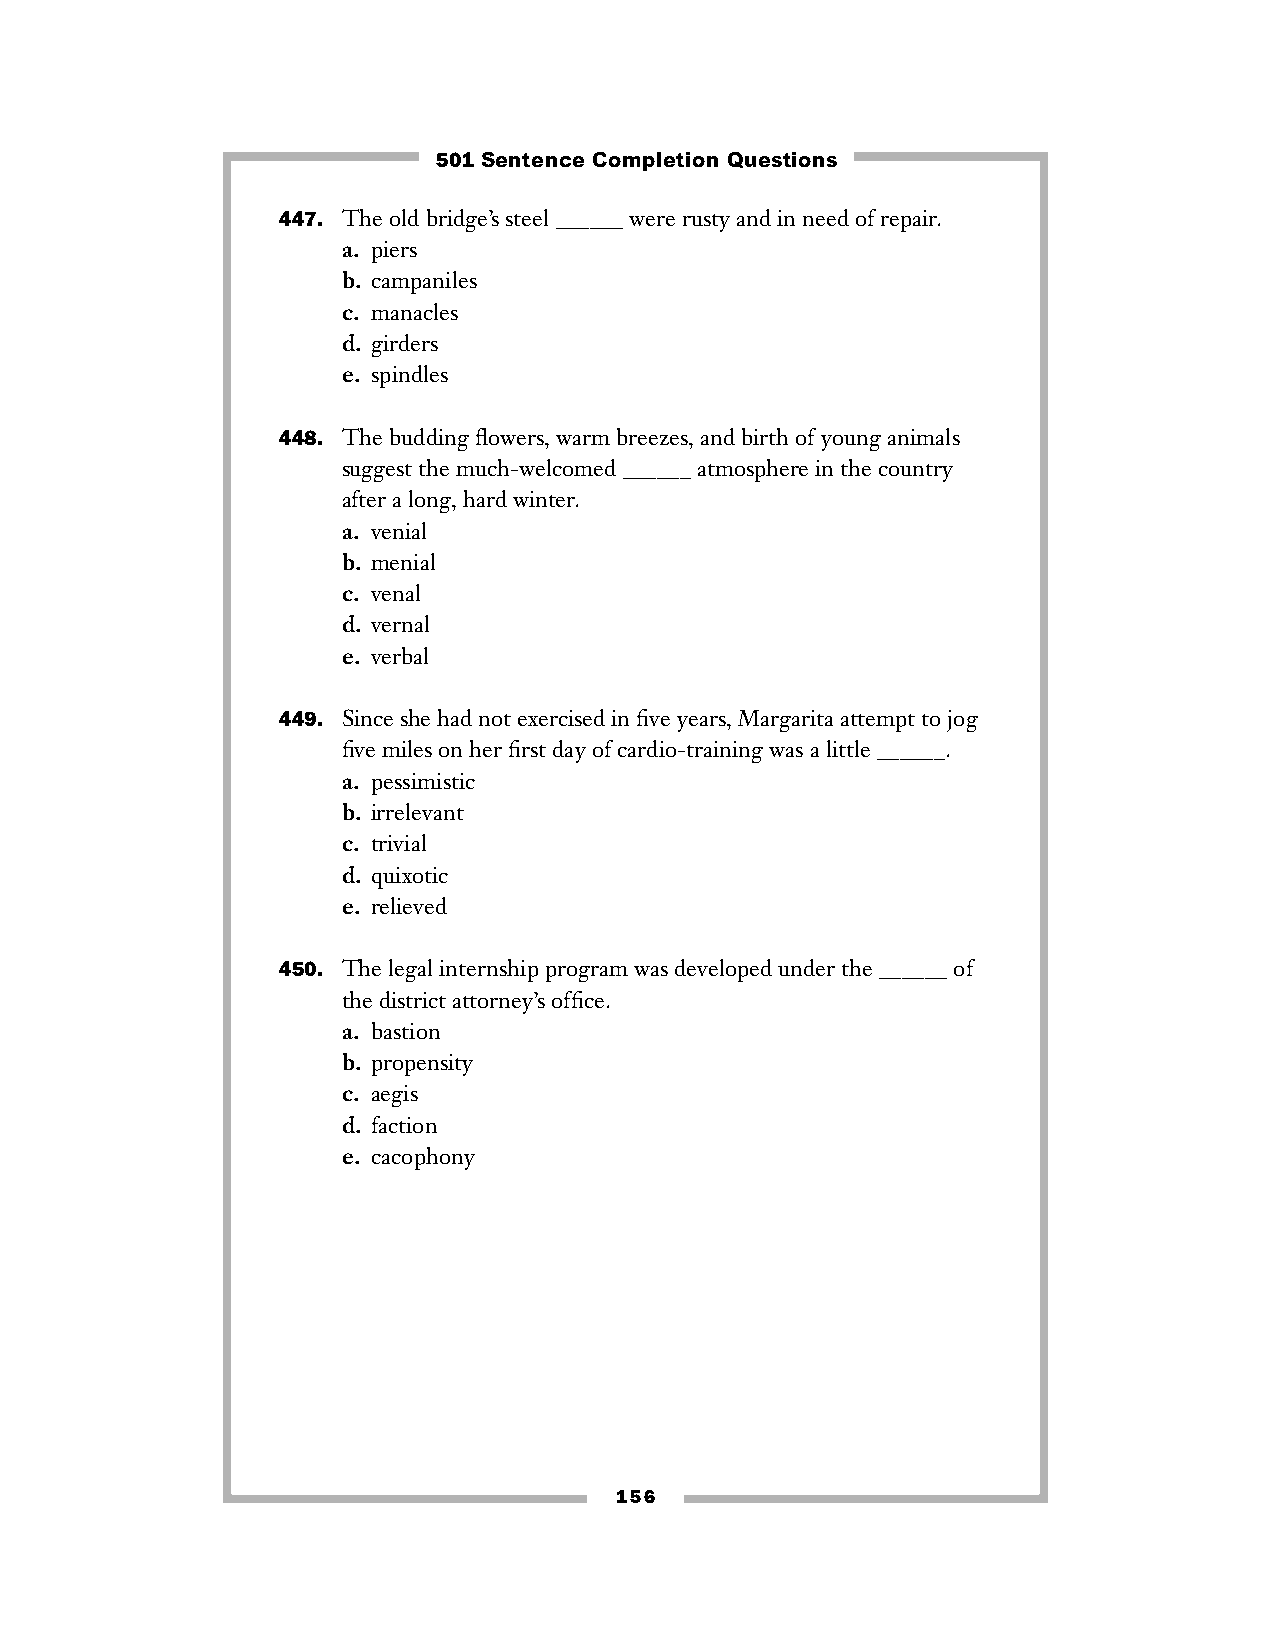
501 Sentence Completion Questions
 447. The old bridge’s steel ______ were rusty and in need of repair.
 a. piers
 b. campaniles
 c. manacles
 d. girders
 e. spindles
 448. The budding flowers, warm breezes, and birth of young animals
 suggest the much-welcomed ______ atmosphere in the country
 after a long, hard winter.
 a. venial
 b. menial
 c. venal
 d. vernal
 e. verbal
 449. Since she had not exercised in five years, Margarita attempt to jog
 five miles on her first day of cardio-training was a little ______.
 a. pessimistic
 b. irrelevant
 c. trivial
 d. quixotic
 e. relieved
 450. The legal internship program was developed under the ______ of
 the district attorney’s office.
 a. bastion
 b. propensity
 c. aegis
 d. faction
 e. cacophony
 156